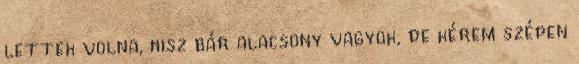
lettek volna, hisz bár alacsony vagyok, de kérem szépen